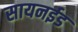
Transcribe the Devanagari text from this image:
सायनईड